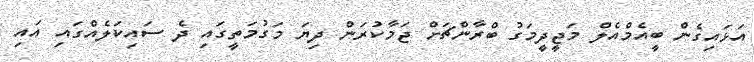
އަޅައިގެން ބީއެމްއެލް މަޖީދީމަގު ބްރާންޗަށް ޖަމާކުރަން ދިޔަ މަގުމަތީގައި ދެ ސައިކަލެއްގައި އައި